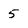
Character: 5